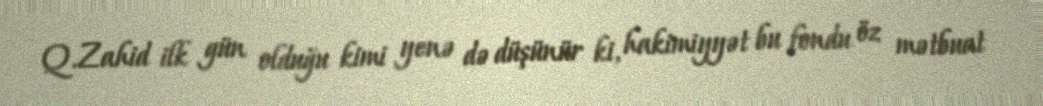
Q.Zahid ilk gün olduğu kimi yenə də düşünür ki, hakimiyyət bu fondu öz mətbuat